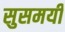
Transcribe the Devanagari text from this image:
सुसमयी